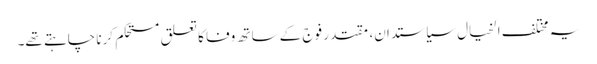
یہ مختلف الخیال سیاستدان، مقتدر فوج کے ساتھ وفا کا تعلق مستحکم کرنا چاہتے تھے۔